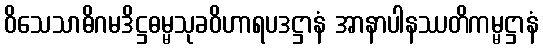
ဝိသေသာဓိဂမဒိဋ္ဌဓမ္မသုခဝိဟာရပဒဋ္ဌာနံ အာနာပါနဿတိကမ္မဋ္ဌာနံ